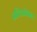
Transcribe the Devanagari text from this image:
प्रतिअंकन